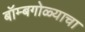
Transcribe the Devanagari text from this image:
बॉम्बगोळ्याचा